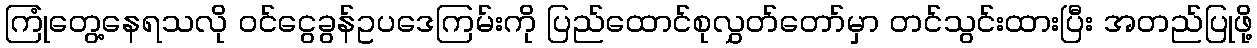
ကြုံတွေ့နေရသလို ဝင်ငွေခွန်ဥပဒေကြမ်းကို ပြည်ထောင်စုလွှတ်တော်မှာ တင်သွင်းထားပြီး အတည်ပြုဖို့